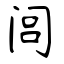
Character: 闾